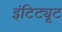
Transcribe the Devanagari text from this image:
इंटिट्यूट